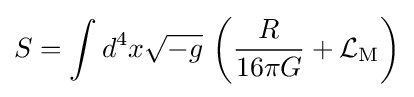
S=\int d^{4}x{\sqrt {-g}}\,\left({\frac {R}{16\pi G}}+{\mathcal {L}}_{\mathrm {M} }\right)